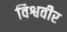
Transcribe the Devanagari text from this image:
विश्ववीर